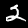
Label: 2